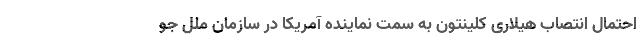
احتمال انتصاب هیلاری کلینتون به سمت نماینده آمریکا در سازمان ملل جو